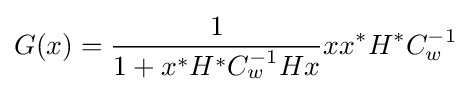
G(x)={\frac {1}{1+x^{*}H^{*}C_{w}^{-1}Hx}}xx^{*}H^{*}C_{w}^{-1}